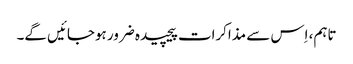
تاہم، اِس سے مذاکرات پیچیدہ ضرور ہوجائیں گے۔